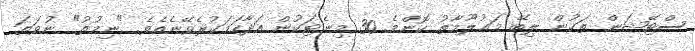
ސްޓޭޝަން ތަކުން ލިބޭ މަޢުލޫމާތު ކޮންމެ 30 މިނެޓަކުން އަދާހަމަކުރެވޭނެއެވެ. "ނިމުތު" ނުވަތަ